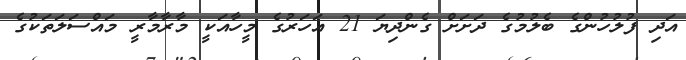
އަދި ފުލުހުންގެ ބެލުމުގެ ދަށަށް ގެންދިޔަ 21 އަހަރުގެ މީހާއަކީ މާރާމާރީ މައްސަލަތަކުގެ